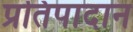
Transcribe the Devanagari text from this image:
प्रतिपादान